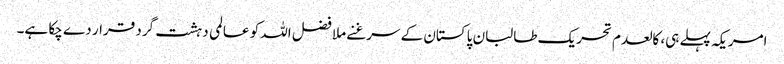
امریکہ پہلے ہی، کالعدم تحریک طالبان پاکستان کے سرغنے ملا فضل اللہ کو عالمی دہشت گرد قرار دے چکا ہے۔